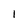
Character: l